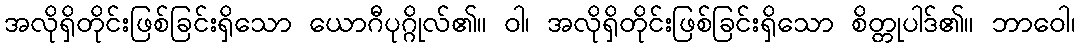
အလိုရှိတိုင်းဖြစ်ခြင်းရှိသော ယောဂီပုဂ္ဂိုလ်၏။ ဝါ၊ အလိုရှိတိုင်းဖြစ်ခြင်းရှိသော စိတ္တုပါဒ်၏။ ဘာဝေါ၊